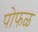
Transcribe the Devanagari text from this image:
पोफळ